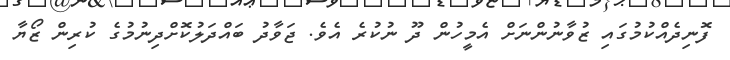
ފޮނިދެއްކުމުގައި ޒުވާނުންނަށް އެމީހުން ދޫ ނުކުރެ އެވެ. ޖަވާދު ބައްދަލުކޮށްދިނުމުގެ ކުރިން ޒޯޔާ